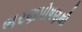
ભરણપોષણથી